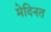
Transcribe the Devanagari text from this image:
मेदिनत